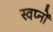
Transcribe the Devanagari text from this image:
स्वप्‍नों